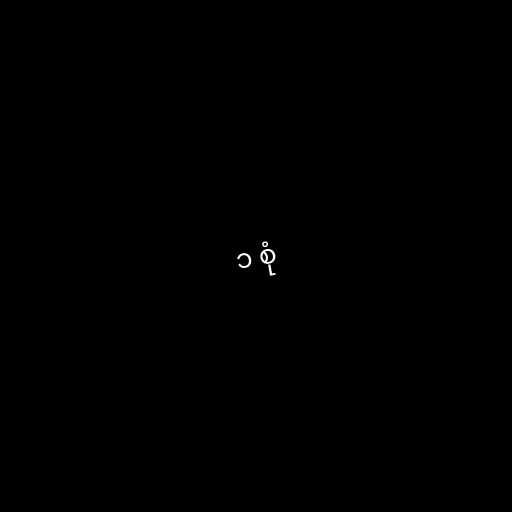
၁ စုံ